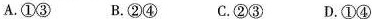
A.①③ B.②④ C.②③ D.①④